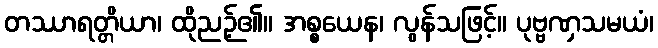
တဿာရတ္တိယာ၊ ထိုညဉ့်၏။ အစ္စယေန၊ လွန်သဖြင့်။ ပုဗ္ဗဏှသမယံ၊